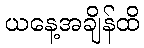
ယနေ့အချိန်ထိ